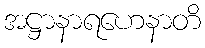
အဋ္ဌာနာရဟေနာတိ